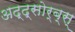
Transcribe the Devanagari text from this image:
अद्द्सोर्ब्स्